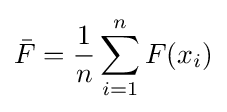
{\bar {F}}={\frac {1}{n}}\sum _{i=1}^{n}F(x_{i})